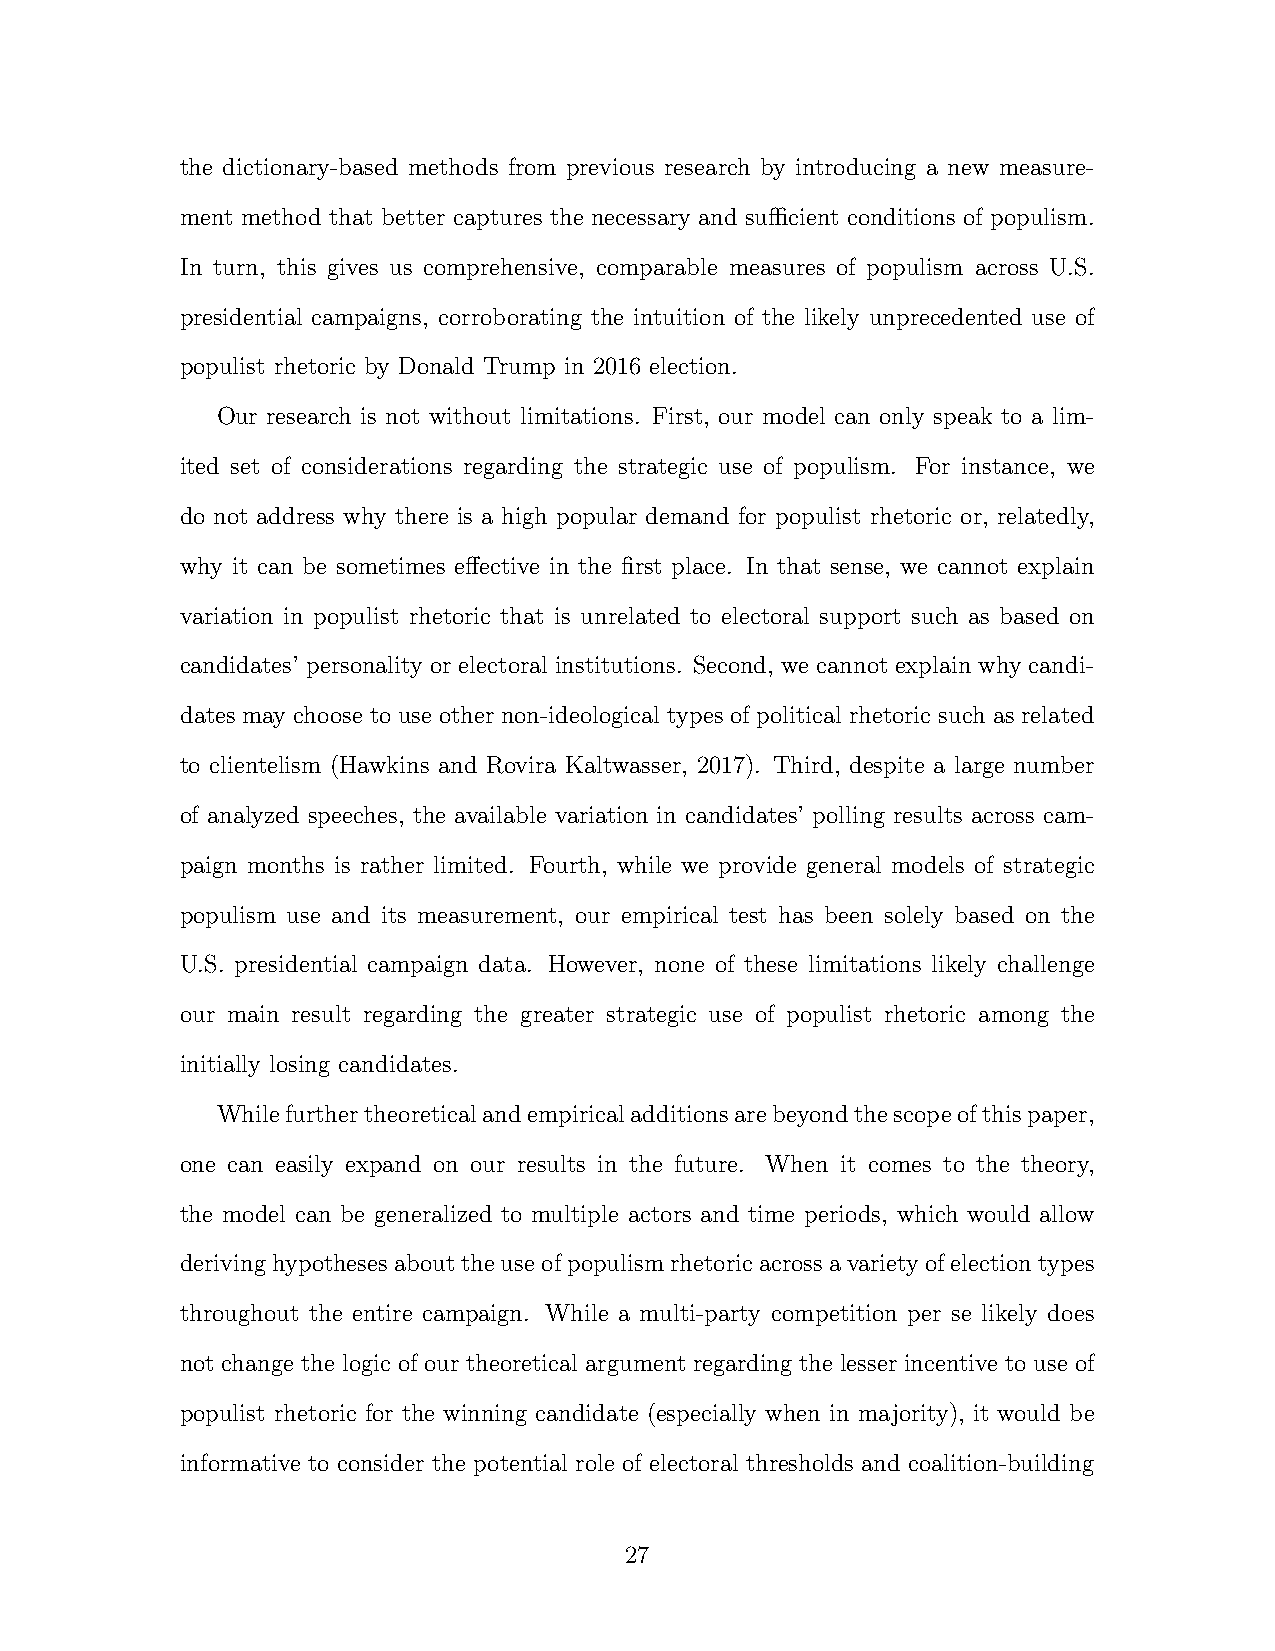
the dictionary-based methods from previous research by introducing a new measure-
 ment method that better captures the necessary and sufficient conditions of populism.
 In turn, this gives us comprehensive, comparable measures of populism across U.S.
 presidential campaigns, corroborating the intuition of the likely unprecedented use of
 populist rhetoric by Donald Trump in 2016 election.
 Our research is not without limitations. First, our model can only speak to a lim-
 ited set of considerations regarding the strategic use of populism. For instance, we
 do not address why there is a high popular demand for populist rhetoric or, relatedly,
 why it can be sometimes effective in the first place. In that sense, we cannot explain
 variation in populist rhetoric that is unrelated to electoral support such as based on
 candidates’ personality or electoral institutions. Second, we cannot explain why candi-
 dates may choose to use other non-ideological types of political rhetoric such as related
 to clientelism (Hawkins and Rovira Kaltwasser, 2017). Third, despite a large number
 of analyzed speeches, the available variation in candidates’ polling results across cam-
 paign months is rather limited. Fourth, while we provide general models of strategic
 populism use and its measurement, our empirical test has been solely based on the
 U.S. presidential campaign data. However, none of these limitations likely challenge
 our main result regarding the greater strategic use of populist rhetoric among the
 initially losing candidates.
 Whilefurthertheoreticalandempiricaladditionsarebeyondthescopeofthispaper,
 one can easily expand on our results in the future. When it comes to the theory,
 the model can be generalized to multiple actors and time periods, which would allow
 derivinghypothesesabouttheuseofpopulismrhetoricacrossavarietyofelectiontypes
 throughout the entire campaign. While a multi-party competition per se likely does
 not change the logic of our theoretical argument regarding the lesser incentive to use of
 populist rhetoric for the winning candidate (especially when in majority), it would be
 informative to consider the potential role of electoral thresholds and coalition-building
 27